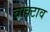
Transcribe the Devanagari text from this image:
चोक्टाव